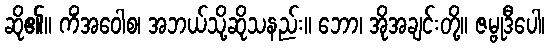
ဆို၏။ ကိံအဝေါစ၊ အဘယ်သို့ဆိုသနည်း။ ဘော၊ အိုအချင်းတို့။ ဇမ္ဗုဒီပေါ၊